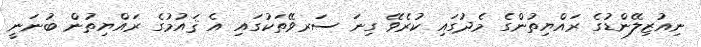
ނިއުޒިލޭންޑުގެ ރައްޔިތުންގެ މެދުގައި ކުރެވޭ ގިނަ ސަރވޭތަކުގައި އެ ޤައުމުގެ ރައްޔިތުން ބުނަނީ